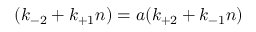
( k _ { - 2 } + k _ { + 1 } n ) = a ( k _ { + 2 } + k _ { - 1 } n )